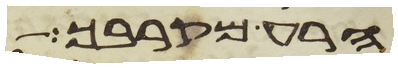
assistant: הרע מקרבך